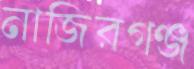
নাজিরগঞ্জ